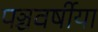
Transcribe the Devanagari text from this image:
पञ्चवर्षीया